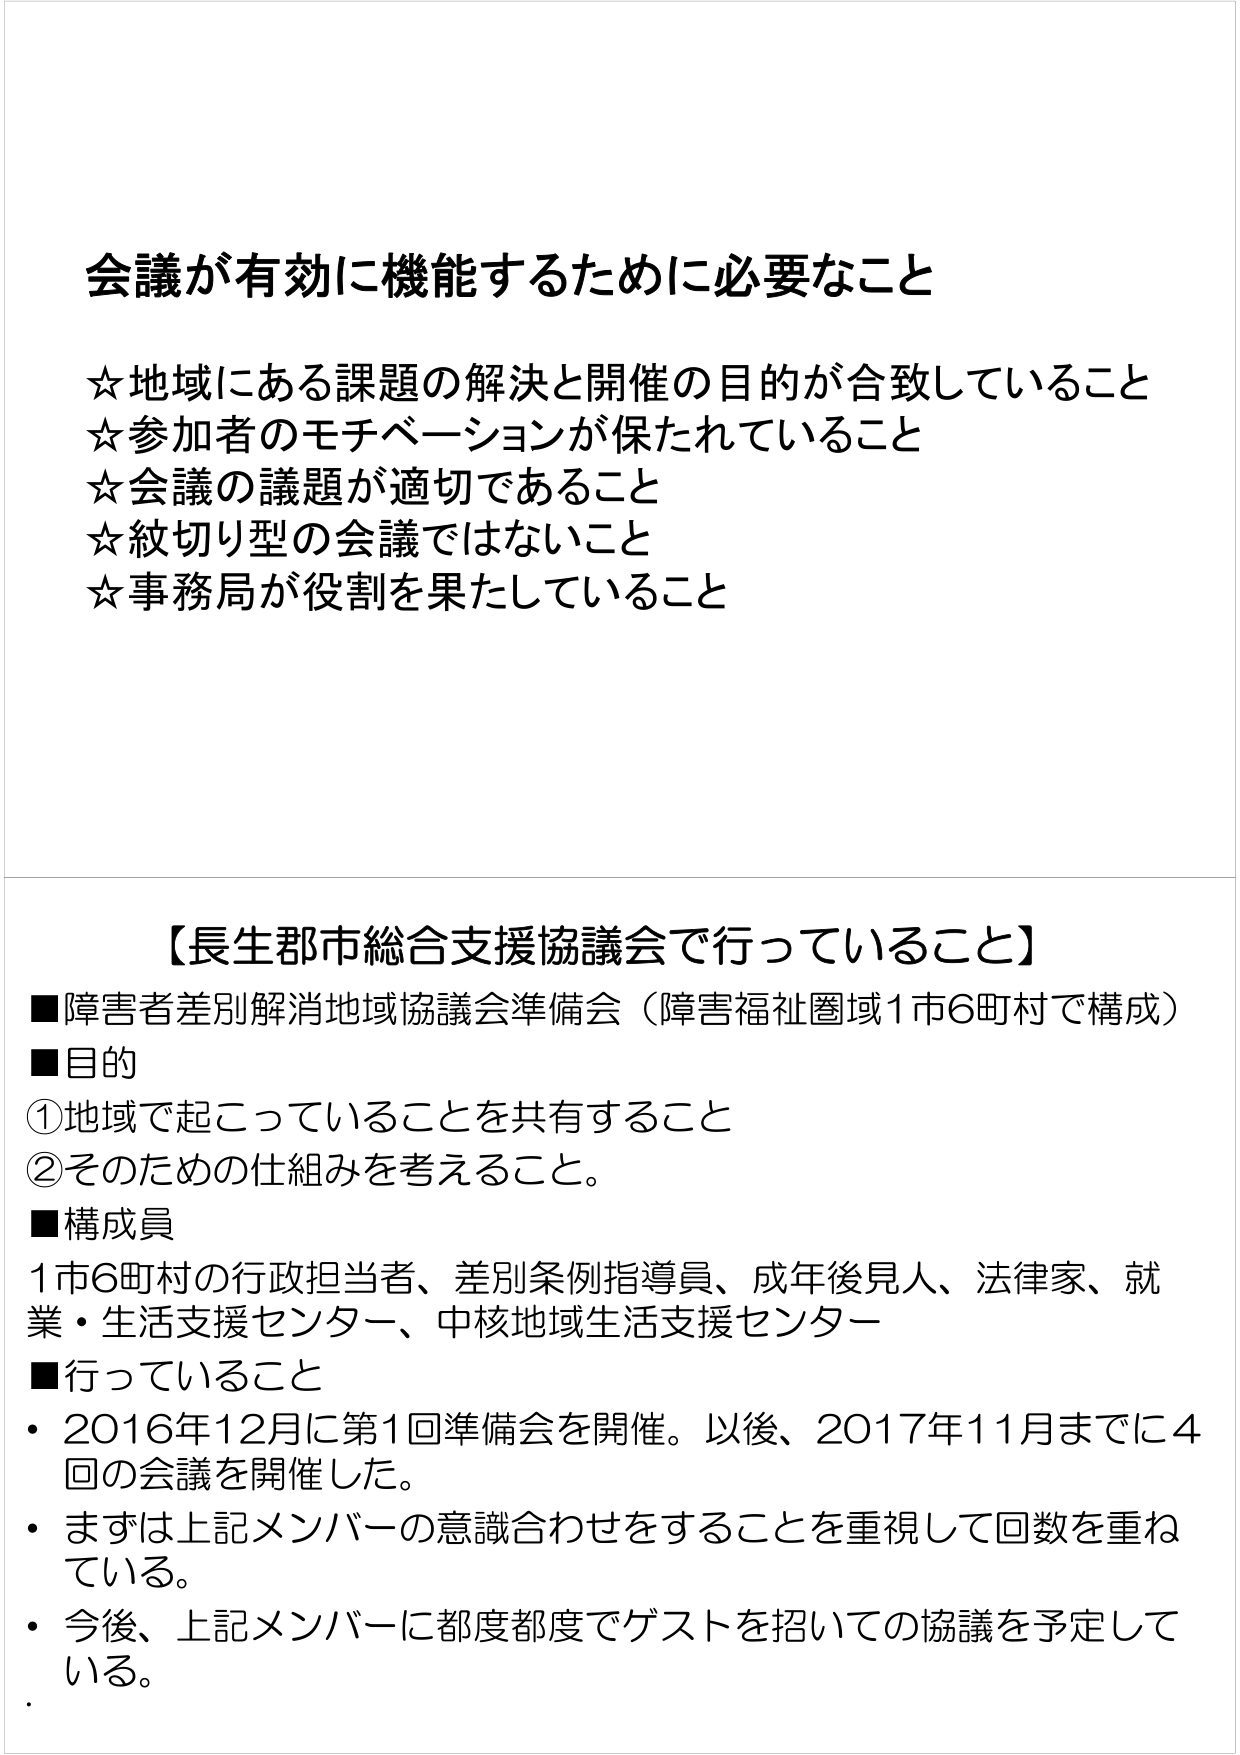
会議が有効に機能するために必要なこと
☆地域にある課題の解決と開催の目的が合致していること
☆参加者のモチベーションが保たれていること
☆会議の議題が適切であること
☆紋切り型の会議ではないこと
☆事務局が役割を果たしていること

【長生郡市総合支援協議会で行っていること】
■障害者差別解消地域協議会準備会（障害福祉圏域1市6町村で構成）
■目的
①地域で起こっていることを共有すること
②そのための仕組みを考えること。
■構成員
1市6町村の行政担当者、差別条例指導員、成年後見人、法律家、就業・生活支援センター、中核地域生活支援センター
■行っていること
・2016年12月に第1回準備会を開催。以後、2017年11月までに4回の会議を開催した。
・まずは上記メンバーの意識合わせをすることを重視して回数を重ねている。
・今後、上記メンバーに都度都度でゲストを招いての協議を予定している。